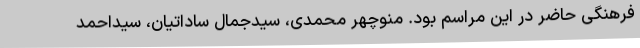
فرهنگی حاضر در این مراسم بود. منوچهر محمدی، سیدجمال ساداتیان، سیداحمد